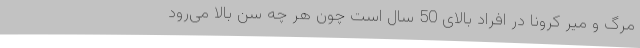
مرگ و میر کرونا در افراد بالای 50 سال است چون هر چه سن بالا می‌رود